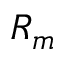
R _ { m }